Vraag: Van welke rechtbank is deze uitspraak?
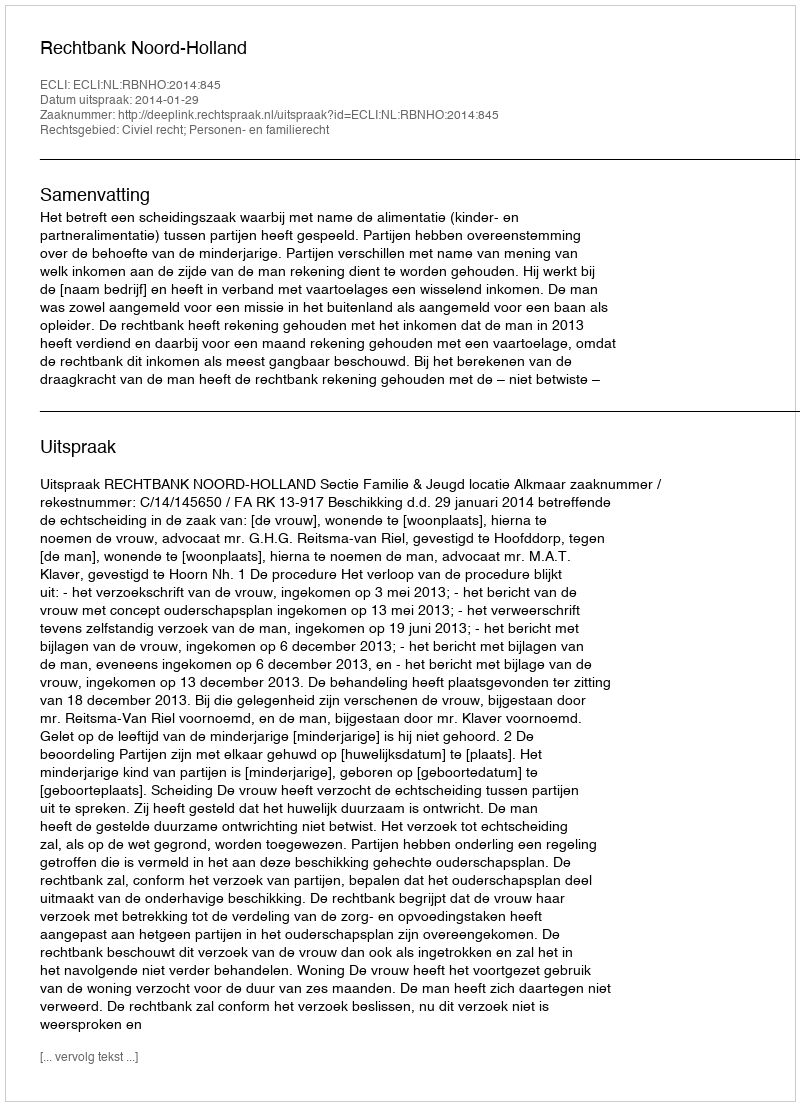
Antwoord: Rechtbank Noord-Holland